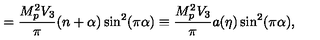
= \frac { M _ { p } ^ { 2 } V _ { 3 } } { \pi } ( n + \alpha ) \sin ^ { 2 } ( \pi \alpha ) \equiv \frac { M _ { p } ^ { 2 } V _ { 3 } } { \pi } a ( \eta ) \sin ^ { 2 } ( \pi \alpha ) ,